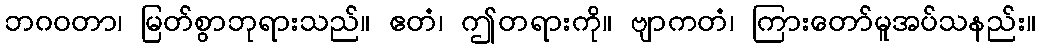
ဘဂဝတာ၊ မြတ်စွာဘုရားသည်။ ဧတံ၊ ဤတရားကို။ ဗျာကတံ၊ ကြားတော်မူအပ်သနည်း။